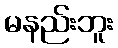
မနည်းဘူး